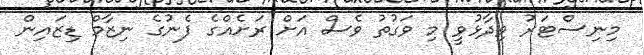
މިނިސްޓަރު ވިދާޅުވީ މި ވަގުތު ވެސް އަށް ރަށެއްގެ ފެނުގެ ނިޒާމް ޑިޒައިން